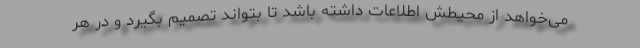
می‌خواهد از محیطش اطلاعات داشته باشد تا بتواند تصمیم بگیرد و در هر